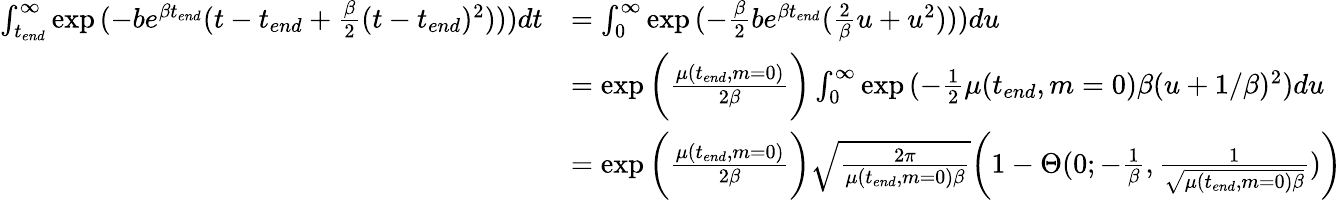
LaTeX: \begin{array}{rl}{\int_{t_{end}}^{\infty}\exp{(-be^{\beta t_{end}}(t-t_{end}+\frac{\beta}{2}(t-t_{end})^{2})))}dt}&{=\int_{0}^{\infty}\exp{(-\frac{\beta}{2}be^{\beta t_{end}}(\frac{2}{\beta}u+u^{2})))}du}\\ &{=\exp{\bigg(\frac{\mu(t_{end},m=0)}{2\beta}\bigg)}\int_{0}^{\infty}\exp{(-\frac{1}{2}\mu(t_{end},m=0)\beta(u+1/\beta)^{2})}du}\\ &{=\exp{\bigg(\frac{\mu(t_{end},m=0)}{2\beta}\bigg)}\sqrt{\frac{2\pi}{\mu(t_{end},m=0)\beta}}\bigg(1-\Theta(0;-\frac{1}{\beta},\frac{1}{\sqrt{\mu(t_{end},m=0)\beta}})\bigg)}\end{array}